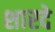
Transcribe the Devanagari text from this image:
शारदे